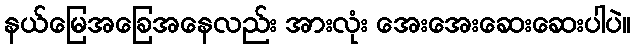
နယ်မြေအခြေအနေလည်း အားလုံး အေးအေးဆေးဆေးပါပဲ။